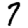
Digit: 7